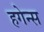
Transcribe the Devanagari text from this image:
हगेन्स